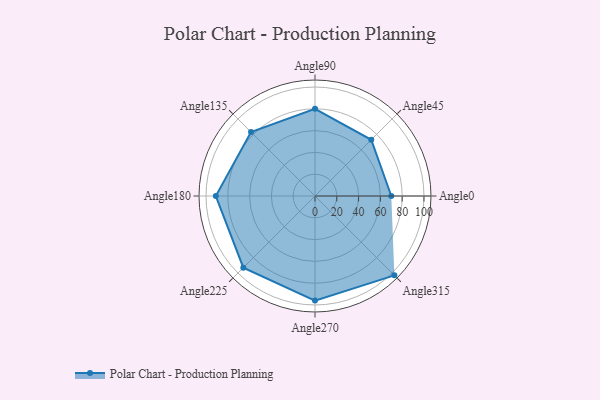
{"axis": {"x": "Angle", "y": "Radius"}, "legend": [""], "data": [{"x": "Angle0", "y": 70.0, "type": ""}, {"x": "Angle45", "y": 73.0, "type": ""}, {"x": "Angle90", "y": 80.0, "type": ""}, {"x": "Angle135", "y": 83.0, "type": ""}, {"x": "Angle180", "y": 91.0, "type": ""}, {"x": "Angle225", "y": 93.0, "type": ""}, {"x": "Angle270", "y": 96.0, "type": ""}, {"x": "Angle315", "y": 103.0, "type": ""}]}